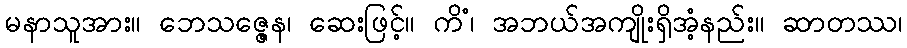
မနာသူအား။ ဘေသဇ္ဇေန၊ ဆေးဖြင့်။ ကိံ၊ အဘယ်အကျိုးရှိအံ့နည်း။ ဆာတဿ၊